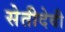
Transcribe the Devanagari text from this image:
सेतीदेवी